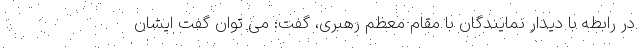
در رابطه با دیدار نمایندگان با مقام معظم رهبری، گفت: می توان گفت ایشان